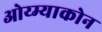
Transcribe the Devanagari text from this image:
ओय्म्याकोन